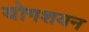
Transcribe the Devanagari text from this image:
योगशयन